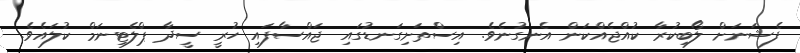
ފެޝަނަށް ލޯބިކުރާ ކުއްޖެއްކަން އެނގުނެވެ. އިސްތަށިގަނޑުގައި ޖައްސާފައި ހުރީ ސީދާ ޕްލެޓިނަމް ކުލައެވެ.